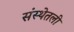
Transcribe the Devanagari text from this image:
संस्थेतली